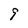
Character: 9